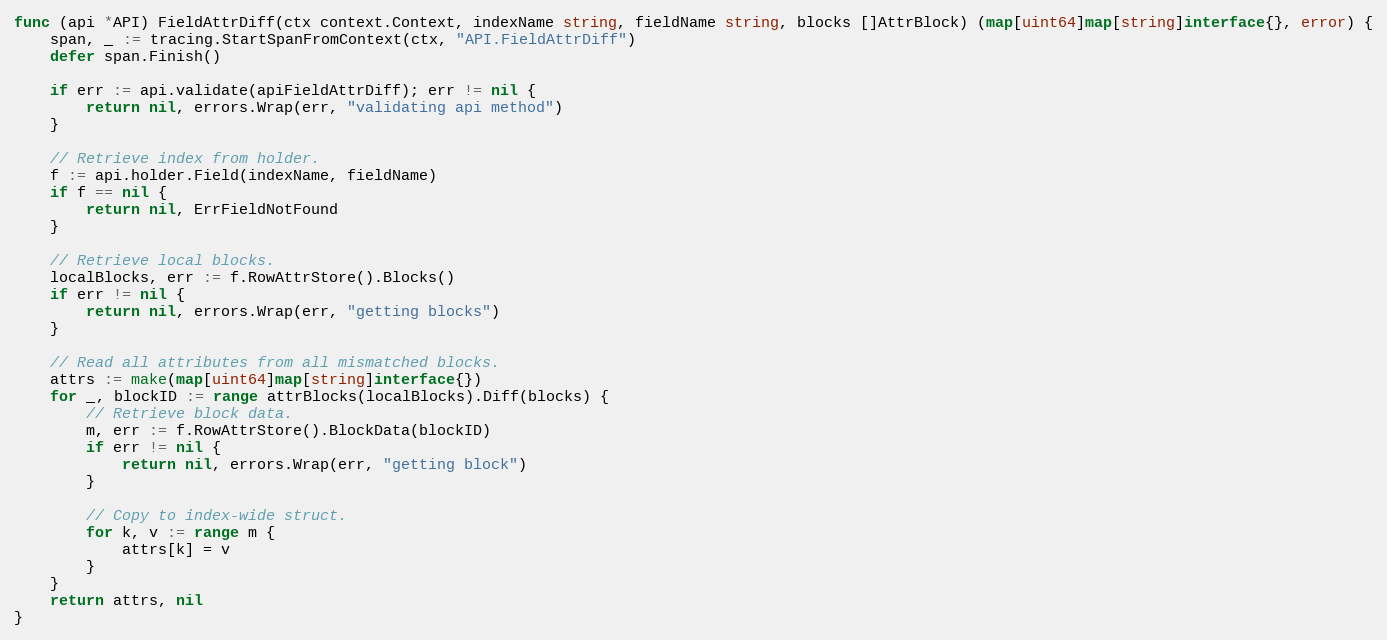
Language: Go
func (api *API) FieldAttrDiff(ctx context.Context, indexName string, fieldName string, blocks []AttrBlock) (map[uint64]map[string]interface{}, error) {
	span, _ := tracing.StartSpanFromContext(ctx, "API.FieldAttrDiff")
	defer span.Finish()

	if err := api.validate(apiFieldAttrDiff); err != nil {
		return nil, errors.Wrap(err, "validating api method")
	}

	// Retrieve index from holder.
	f := api.holder.Field(indexName, fieldName)
	if f == nil {
		return nil, ErrFieldNotFound
	}

	// Retrieve local blocks.
	localBlocks, err := f.RowAttrStore().Blocks()
	if err != nil {
		return nil, errors.Wrap(err, "getting blocks")
	}

	// Read all attributes from all mismatched blocks.
	attrs := make(map[uint64]map[string]interface{})
	for _, blockID := range attrBlocks(localBlocks).Diff(blocks) {
		// Retrieve block data.
		m, err := f.RowAttrStore().BlockData(blockID)
		if err != nil {
			return nil, errors.Wrap(err, "getting block")
		}

		// Copy to index-wide struct.
		for k, v := range m {
			attrs[k] = v
		}
	}
	return attrs, nil
}